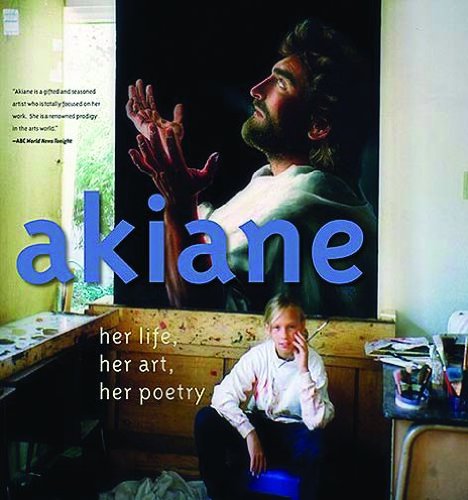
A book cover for Akiane: Her Life, Her Art, Her Poetry; Akiane Kramarik; Literature & Fiction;